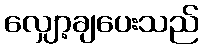
လျှော့ချပေးသည်